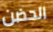
الحضن